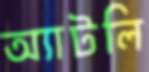
অ্যাটলি